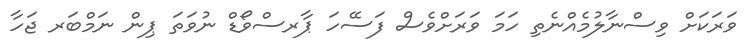
ވަރަކަށް ވިސްނާލުމެއްނެތި ހަމަ ވަރަށްވެސް ފަސޭހަ ޕާރސްވޯޑް ނުވަތަ ޕިން ނަމްބަރ ޖަހާ